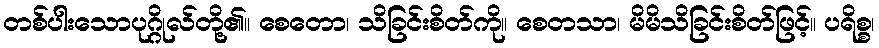
တစ်ပါးသောပုဂ္ဂိုလ်တို့၏။ စေတော၊ သိခြင်းစိတ်ကို။ စေတသာ၊ မိမိသိခြင်းစိတ်ဖြင့်။ ပရိစ္စ၊